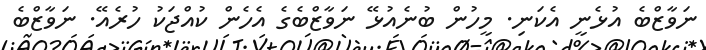
ނަވާޒްބެ އުޅެނީ އެކަނި. މީހުން ބުނެއުޅޭ ނަވާޒްބެގެ އެހެން ކުއްޖަކު ހުރެއޭ. ނަވާޒްބެ